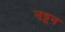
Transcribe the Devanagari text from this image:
नट्टन